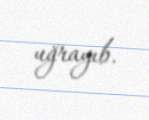
uğrayıb.